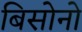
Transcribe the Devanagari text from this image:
बिसोनो